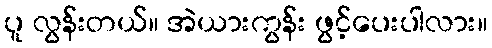
ပူ လွန်းတယ်။ အဲယားကွန်း ဖွင့်ပေးပါလား။